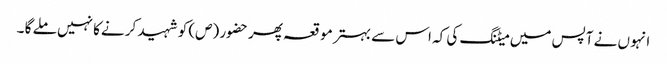
انہو ں نے آپس میں میٹنگ کی کہ اس سے بہتر مو قعہ پھر حضور (ص) کو شہید کر نےکا نہیں ملے گا ۔